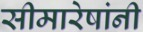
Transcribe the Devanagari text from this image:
सीमारेषांनी